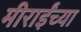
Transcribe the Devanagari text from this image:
मीराईंच्या